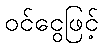
ဝင်ငွေဖြင့်